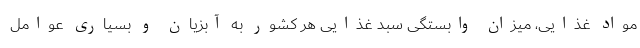
مواد غذایی، میزان وابستگی سبد غذایی هر کشور به آبزیان و بسیاری عوامل